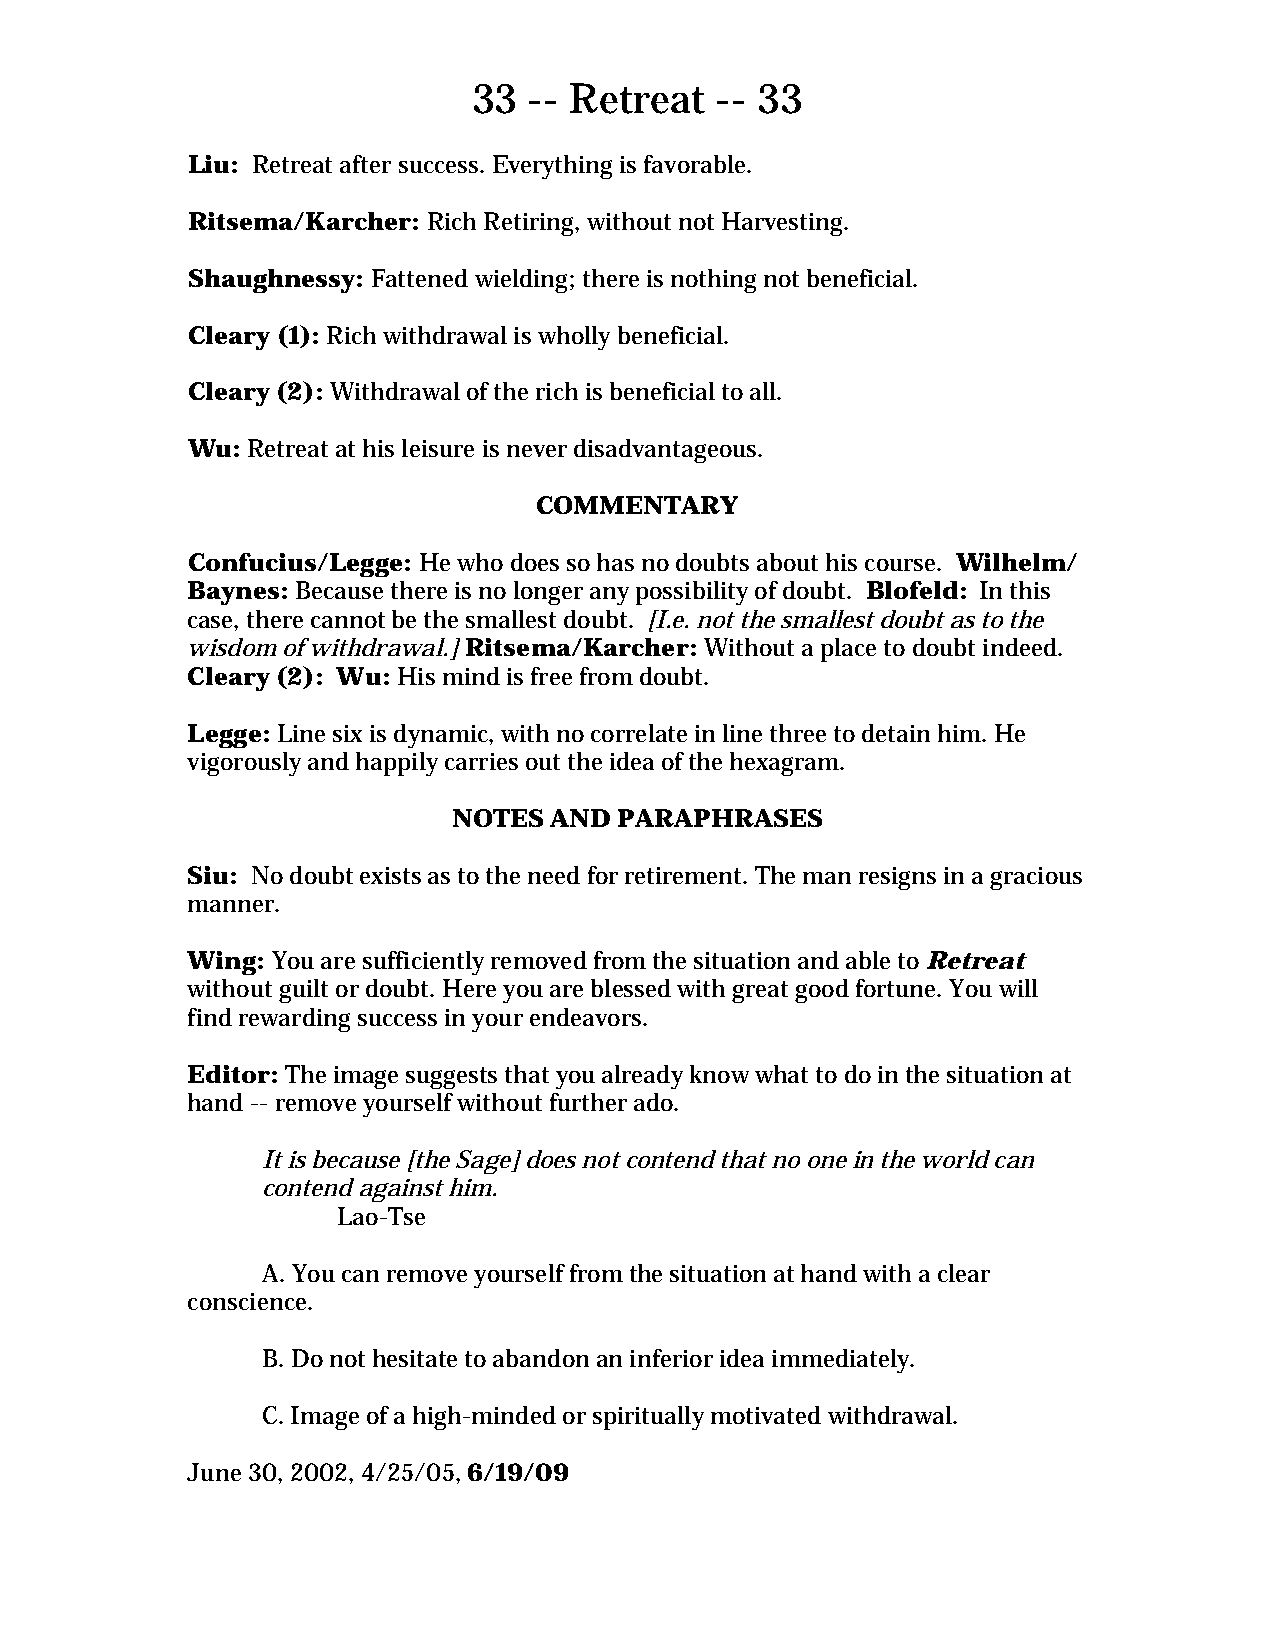
33  -- Retreat  -- 33
 Liu: Retreat after success. Everything is favorable.
 Ritsema/Karcher: Rich Retiring, without not Harvesting.
 Shaughnessy: Fattened wielding; there is nothing not beneficial.
 Cleary (1): Rich withdrawal is wholly beneficial.
 Cleary (2): Withdrawal of the rich is beneficial to all.
 Wu: Retreat at his leisure is never disadvantageous.
 COMMENTARY
 Confucius/Legge: He who does so has no doubts about his course. Wilhelm/
 Baynes: Because there is no longer any possibility of doubt. Blofeld: In this
 case, there cannot be the smallest doubt. [I.e. not the smallest doubt as to the
 wisdom of withdrawal.] Ritsema/Karcher: Without a place to doubt indeed.
 Cleary (2): Wu: His mind is free from doubt.
 Legge: Line six is dynamic, with no correlate in line three to detain him. He
 vigorously and happily carries out the idea of the hexagram.
 NOTES AND  PARAPHRASES
 Siu: No doubt exists as to the need for retirement. The man resigns in a gracious
 manner.
 Wing: You are sufficiently removed from the situation and able to Retreat
 without guilt or doubt. Here you are blessed with great good fortune. You will
 find rewarding success in your endeavors.
 Editor: The image suggests that you already know what to do in the situation at
 hand -- remove yourself without further ado.
 It is because [the Sage] does not contend that no one in the world can
 contend against him.
 Lao-Tse
 A. You can remove yourself from the situation at hand with a clear
 conscience.
 B. Do not hesitate to abandon an inferior idea immediately.
 C. Image of a high-minded or spiritually motivated withdrawal.
 June 30, 2002, 4/25/05, 6/19/09